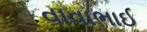
વાવાભાઈ